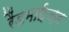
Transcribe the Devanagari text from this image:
रैंडमाईज़ड